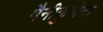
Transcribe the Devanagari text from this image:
पैनीकुलेटा